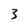
Character: 3